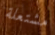
مشتعلة